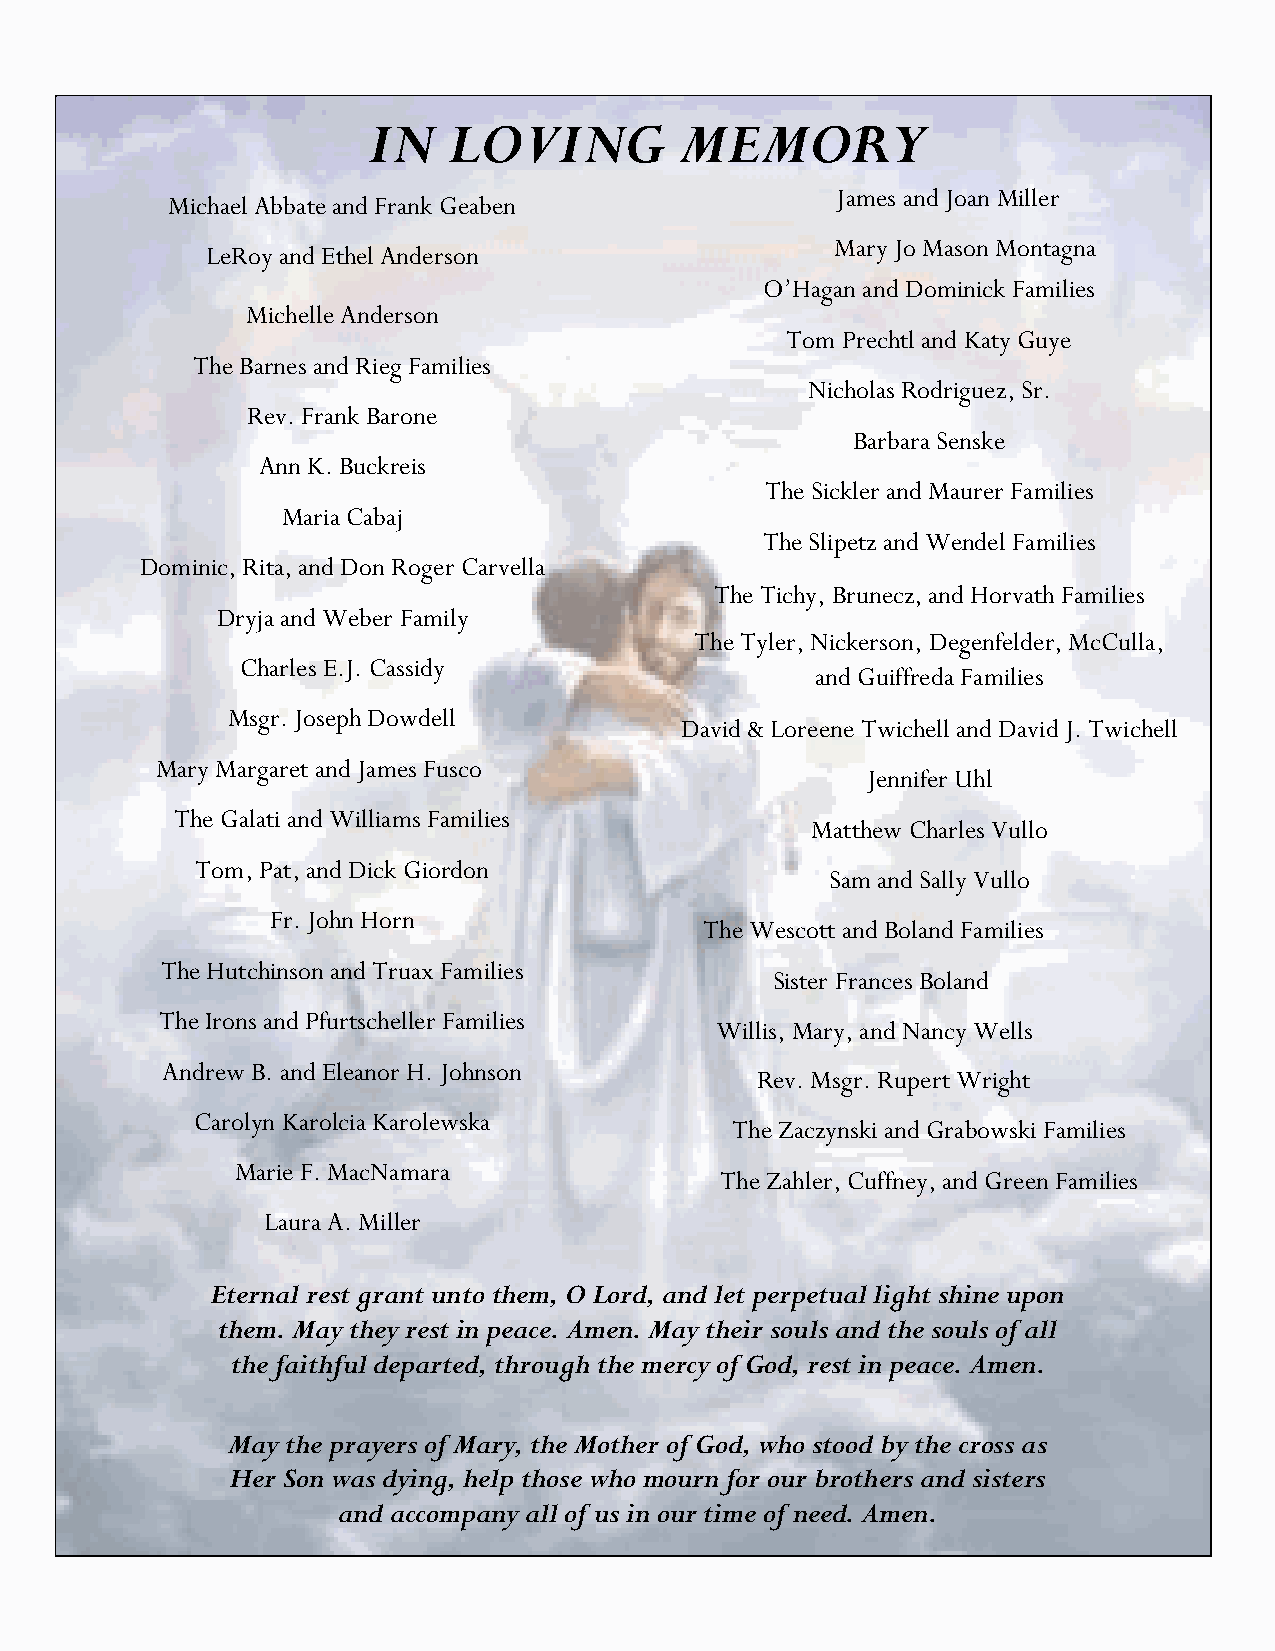
IN    LOVING         MEMORY
 James and Joan Miller
 Michael Abbate and Frank Geaben
 Mary Jo Mason Montagna
 LeRoy and Ethel Anderson
 O’Hagan and Dominick Families
 Michelle Anderson
 Tom Prechtl and Katy Guye
 The Barnes and Rieg Families
 Nicholas Rodriguez, Sr.
 Rev. Frank Barone
 Barbara Senske
 Ann K. Buckreis
 The Sickler and Maurer Families
 Maria Cabaj
 The Slipetz and Wendel Families
 Dominic, Rita, and Don Roger Carvella
 The Tichy, Brunecz, and Horvath Families
 Dryja and Weber Family
 The Tyler, Nickerson, Degenfelder, McCulla,
 Charles E.J. Cassidy
 and Guiffreda Families
 Msgr. Joseph Dowdell
 David & Loreene Twichell and David J. Twichell
 Mary Margaret and James Fusco
 Jennifer Uhl
 The Galati and Williams Families
 Matthew Charles Vullo
 Tom, Pat, and Dick Giordon
 Sam and Sally Vullo
 Fr. John Horn
 The Wescott and Boland Families
 The Hutchinson and Truax Families
 Sister Frances Boland
 The Irons and Pfurtscheller Families
 Willis, Mary, and Nancy Wells
 Andrew B. and Eleanor H. Johnson
 Rev. Msgr. Rupert Wright
 Carolyn Karolcia Karolewska
 The Zaczynski and Grabowski Families
 Marie F. MacNamara
 The Zahler, Cuffney, and Green Families
 Laura A. Miller
 Eternal rest grant unto them, O Lord, and let perpetual light shine upon
 them. May they rest in peace. Amen. May their souls and the souls of all
 the faithful departed, through the mercy of God, rest in peace. Amen.
 May the prayers of Mary, the Mother of God, who stood by the cross as
 Her Son was dying, help those who mourn for our brothers and sisters
 and accompany all of us in our time of need. Amen.